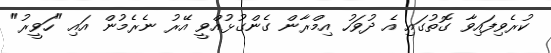
ކުރެވިފައިވާ ގޮތުގައި އެ ދުވަހު އިމްރާން ގެންގުޅުއްވީ އޭރު ނެރެމުން އައި "ހަވީރު"